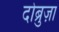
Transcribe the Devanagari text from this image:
दोब्रुज़ा